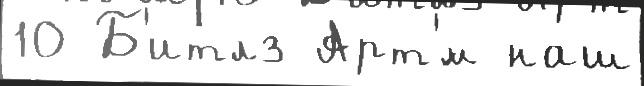
10 Б'итлз Арт'́м наш